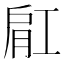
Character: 𬛀